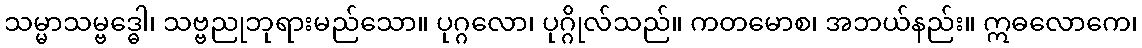
သမ္မာသမ္ဗဒ္ဓေါ၊ သဗ္ဗညုဘုရားမည်သော။ ပုဂ္ဂလော၊ ပုဂ္ဂိုလ်သည်။ ကတမောစ၊ အဘယ်နည်း။ ဣဓလောကေ၊